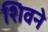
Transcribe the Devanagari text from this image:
शिवने